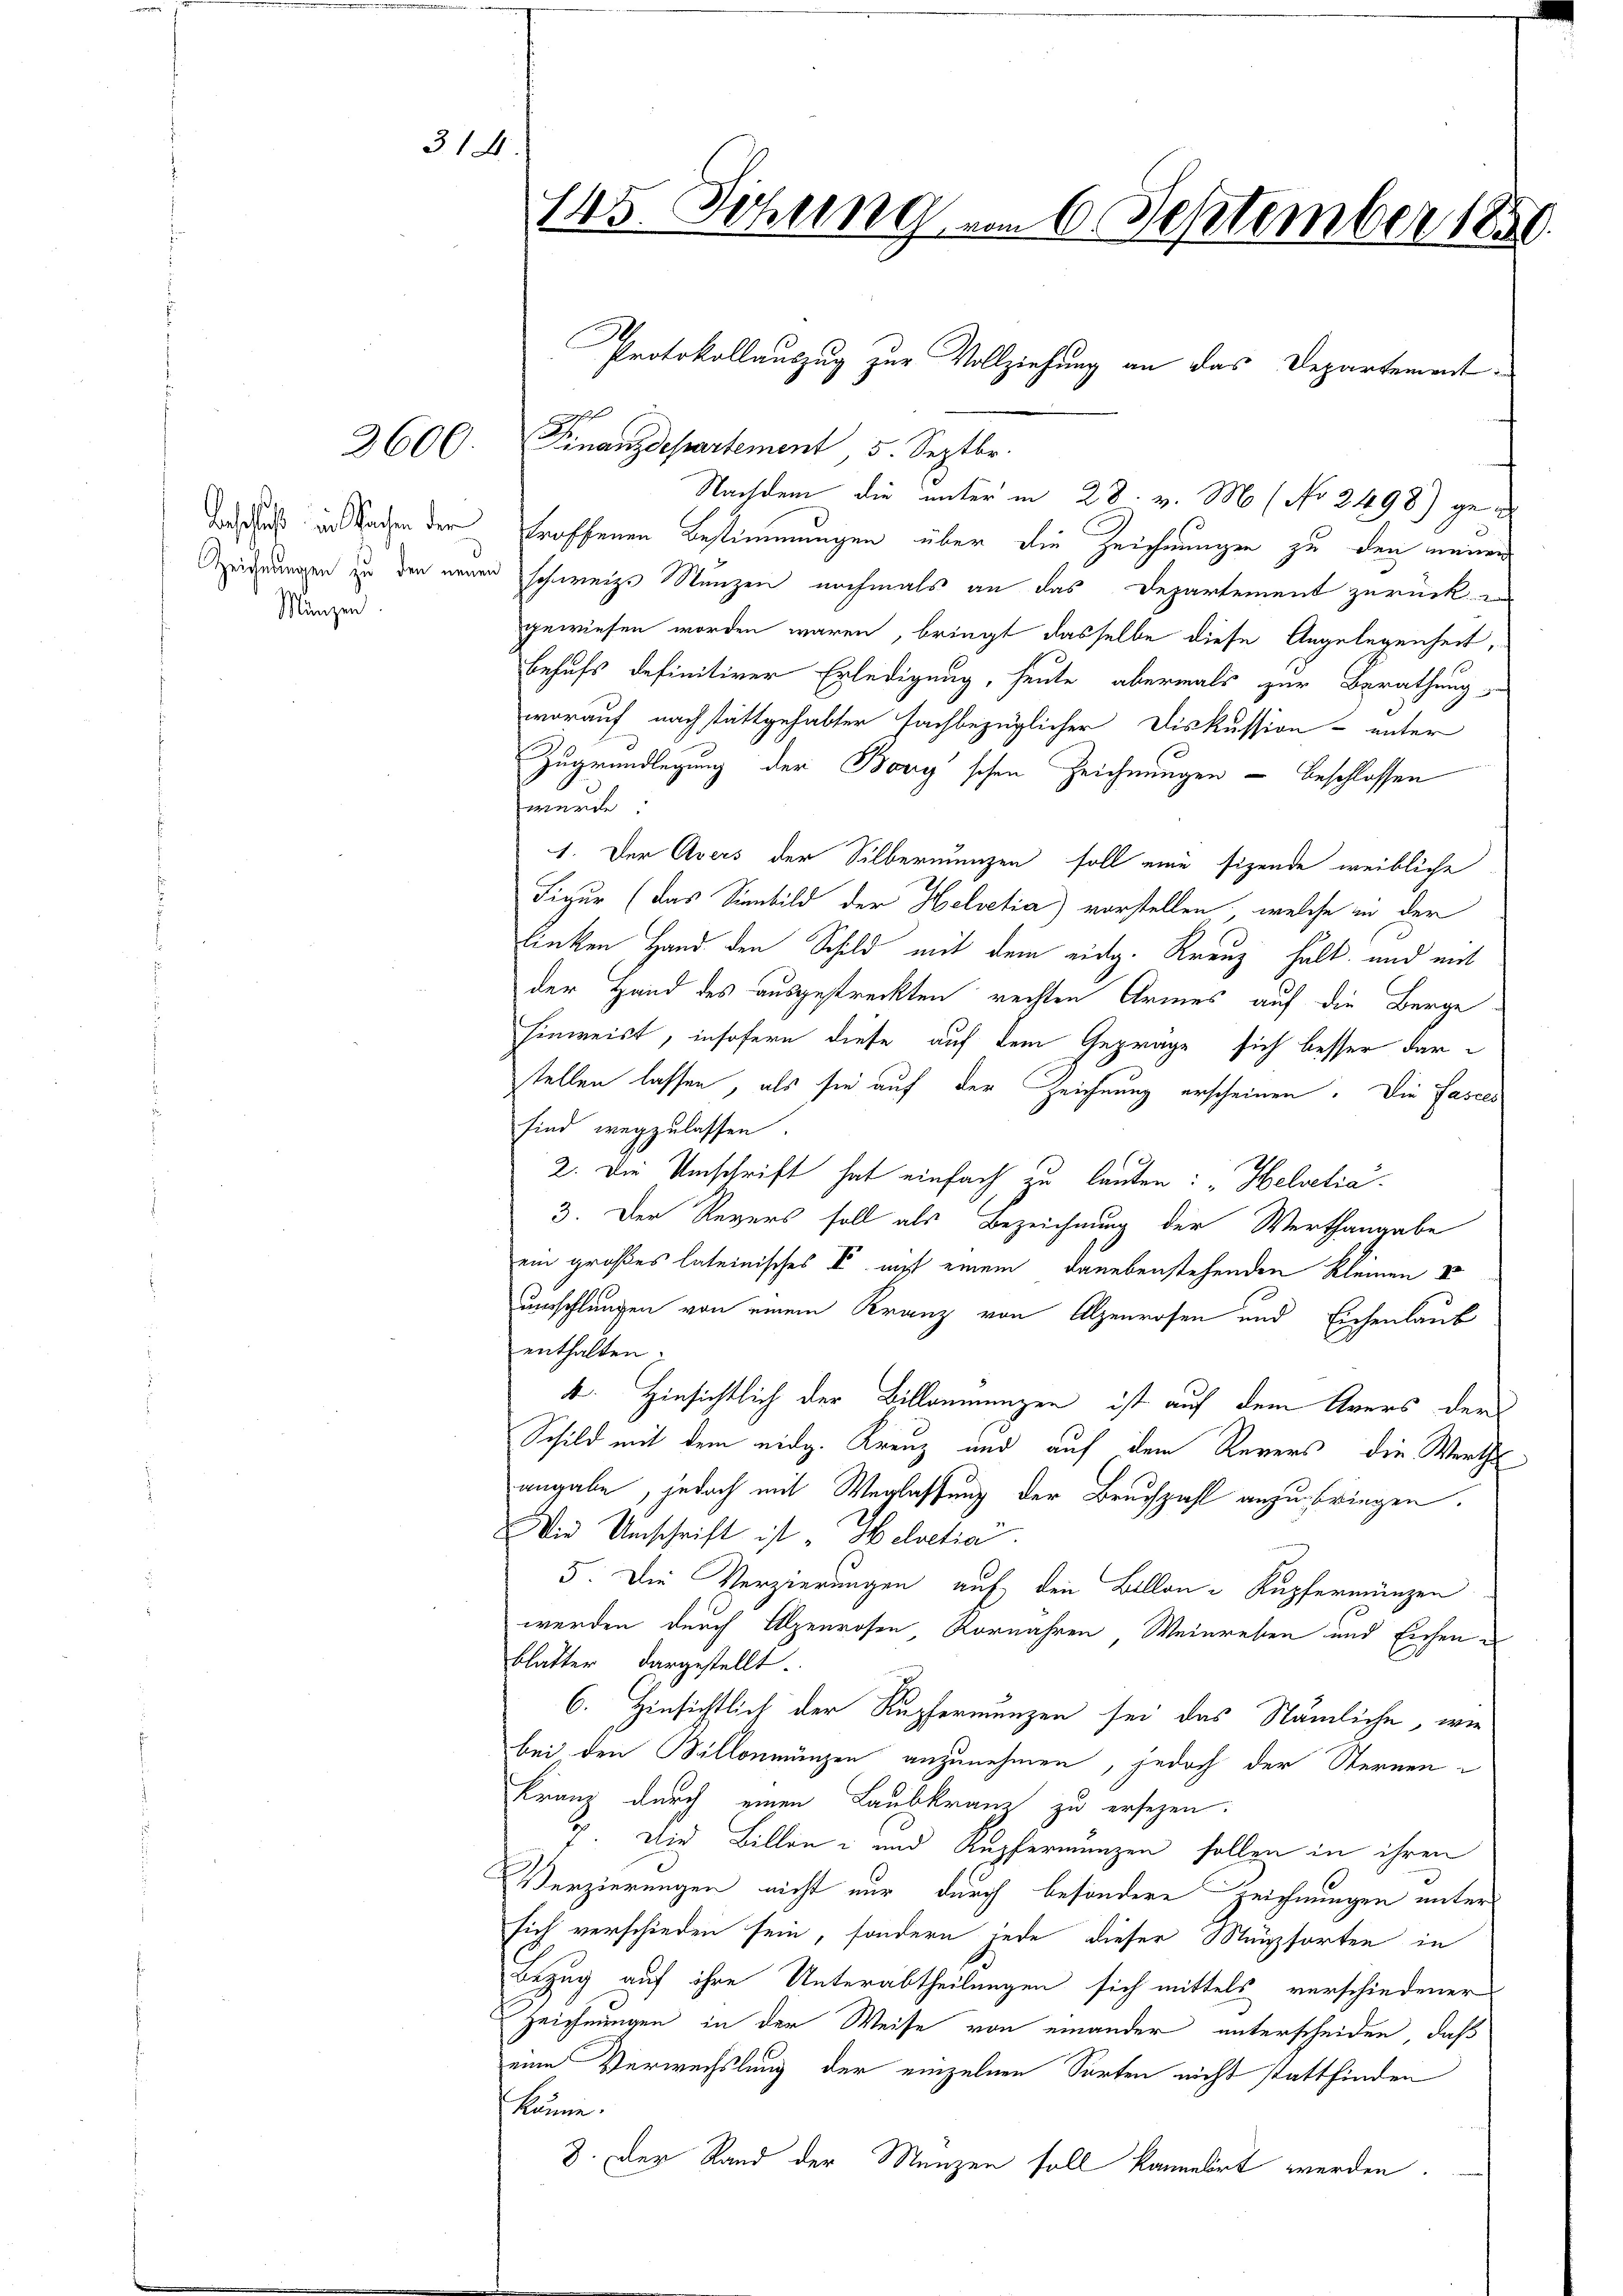
3600.

Beschloß in Sachen der
Münzen

314.

145. Sitzung am 6. September 1859.

Finanzdepartement 5. Septbr.
Nachdem die unter in 28. v. M. (No 2498) getroffenen Bestimmungen über die Zeichnungen zu den meinen
Zeigungen zu den neuen schweiz. Münzen nochmals an das Departement zurück-
gewiesen worden wären, bringt dasselbe diese Angelegenheit,
Behufs definitiver Erledigung, heute abermals zur Berathung
worauf nach stattgehalter sachbezüglicher Diskussion unter
Zugrundlegung der Bory'schen Zeichnungen - beschlossen
würde.
1. Der Avers der Silbernenzen soll eine sizende weibliche
Figur (das Sinnbild der Helvetia) vorstellen, welche in der
linken Hand den Schild mit dem eidg. Kreuz hält, und mit
der Hand des ausgestreckten rechten Armes auf die Berge
hinweist, insofern diese auf dem Gepräge sich besser darstellen lassen, als sie auf der Zeichnung erscheinen. Die Fasels
sind wegzulassen.
2. Die Umschrift hat einfach zu lauten: "Helvetia.
3. Der Revers soll als Bezeichnung der Werthangabe
ein großes lateinisches V auch einem danebenstehenden Kleinen
unsschlungen von einem Kranz von Alpenrosen und Eichenlaub
enthalten.
4. Hinsichtlich der Billeumungen ist auf dem Arers der
Schild mit dem eidg. Kreuz und auf dem Revers, die Werthe
angabe, jedoch mit Weglassung der Bruchzahl anzubringen.
Die Umschrift ist "Helvetia.
5. Die Verzierungen auf den Billon-Kupfermünzen
werden durch Alpenrosen, Kornähren Weinreben und Eichenblatter dargestellt.
6. Hinsichtlich der Kupfernunzen sei das Nämliche, wie
bei den Billonmünzen anzunehmen, jedoch der Sternen¬
Franz durch einen Laubkranz zu ersezen.
7. Die Billen und Kupfernunzen sollen in ihren
Verzierungen nicht nur durch besondere Zeichnungen unter
sich verschieden sein, sondern jede dieser Münzsorten in
Bezug auf ihre Unterabtheilungen sich mittels verschiedener
Zeichnungen in der Weise von einander unterscheiden, daß
eine Verwechslung der einzelnen Sorten nicht stattfinden
könne.
8. Der Rand der Menzen fall kannelirt werden.

Protokollauszug zur Vollziehung an das Departement